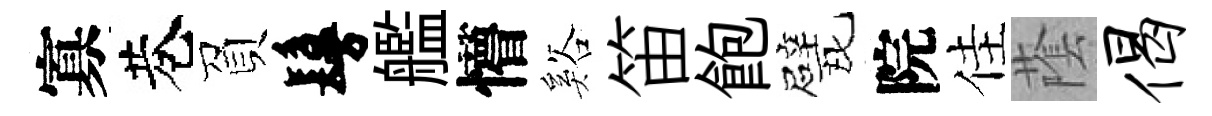
寡巷負鬘艦懵谿笛飽戏院佳䕃偈